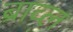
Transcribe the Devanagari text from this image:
ब्राव्ल